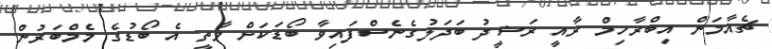
ޗެއާމަން އިބްރާހިމް ރާއީ ރަޝީދު ބަދަލުގެނެސްފައިވާ ބޯޑަކަށް ވާތީ އެ ބޯޑުގެ މެމްބަރުން